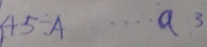
4 5 \times A \cdots a 3